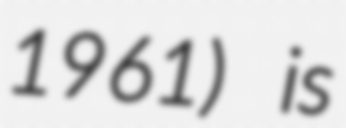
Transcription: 1961) is